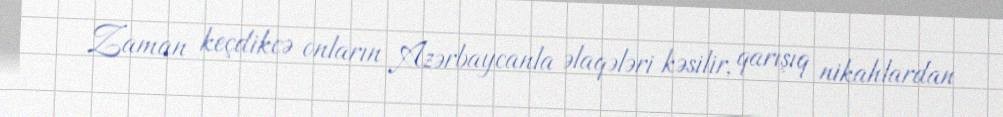
Zaman keçdikcə onların Azərbaycanla əlaqələri kəsilir, qarışıq nikahlardan